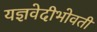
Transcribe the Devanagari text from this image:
यज्ञवेदीभोवती